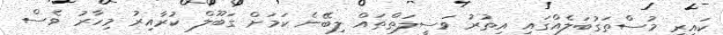
ކައިރި މުސްތަގުބަލެއްގައި އިތުރު ވަސީލަތްތައް ލިބޭނެ ކަމަށް ގަބޫލް ކުރާއިރު މިހާރު ވެސް